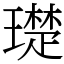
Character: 璴